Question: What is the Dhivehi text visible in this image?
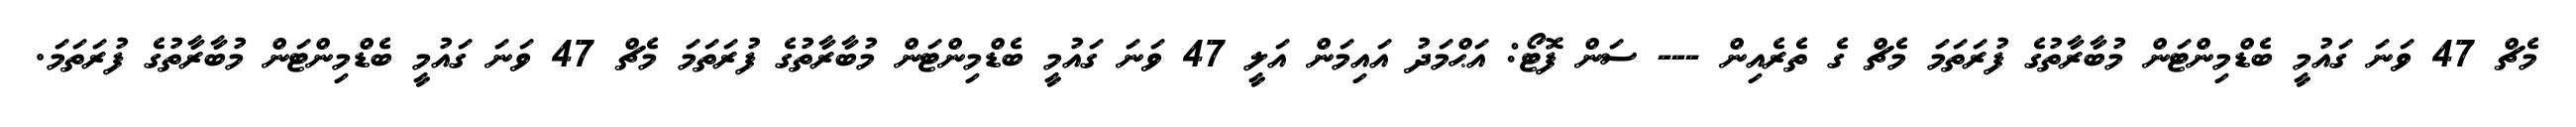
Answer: މެޗް 47 ވަނަ ގައުމީ ބެޑްމިންޓަން މުބާރާތުގެ ފުރަތަމަ މެޗް ގެ ތެރެއިން --- ސަން ފޮޓޯ: އަޙްމަދު އައިމަން އަލީ 47 ވަނަ ގައުމީ ބެޑްމިންޓަން މުބާރާތުގެ ފުރަތަމަ މެޗް 47 ވަނަ ގައުމީ ބެޑްމިންޓަން މުބާރާތުގެ ފުރަތަމަ.